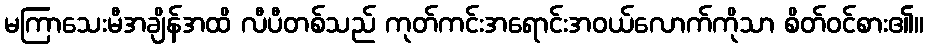
မကြာသေးမီအချိန်အထိ လီပီတစ်သည် ကုတ်ကင်းအရောင်းအဝယ်လောက်ကိုသာ စိတ်ဝင်စား၏။